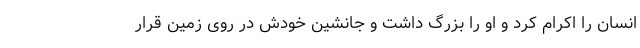
انسان را اکرام کرد و او را بزرگ داشت و جانشین خودش در روی زمین قرار